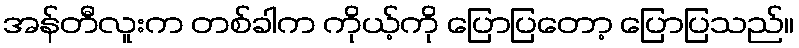
အန်တီလူးက တစ်ခါက ကိုယ့်ကို ပြောပြတော့ ပြောပြသည်။